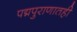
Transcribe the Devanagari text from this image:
पद्मपुराणातही